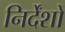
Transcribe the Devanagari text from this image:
निर्देंशों